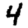
Digit: 4